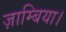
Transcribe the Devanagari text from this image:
ज़ाम्बिया।